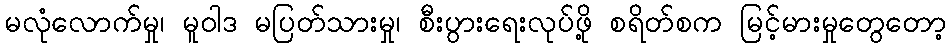
မလုံလောက်မှု၊ မူဝါဒ မပြတ်သားမှု၊ စီးပွားရေးလုပ်ဖို့ စရိတ်စက မြင့်မားမှုတွေတော့